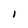
Character: i